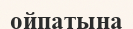
ойпатына